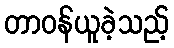
တာဝန်ယူခဲ့သည့်